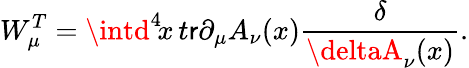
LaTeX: W_{\mu}^{T}=\intd^{4}\! x\, t\mathsf{r}\partial_{\mu}A_{\nu}(x){\frac{{\delta}}{{\deltaA_{\nu}(x)}}}.